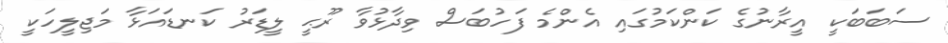
ސަބަބަކީ އީރާނުގެ ކަންކަމުގައި އެންމެ ފަހުބަސް ވިދާޅުވާ ރޫޙީ ލީޑަރު ކަނޑައަޅާ މަޖިލީހަކީ